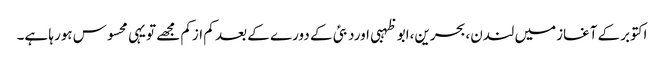
اکتوبرکے آغازمیں لندن،بحرین،ابو ظہبی اوردبئی کے دورے کے بعد کم ازکم مجھے تویہی محسوس ہورہا ہے۔